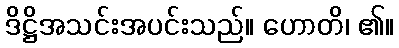
ဒိဋ္ဌိအသင်းအပင်းသည်။ ဟောတိ၊ ၏။